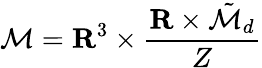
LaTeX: {\cal M}={\mathbf R}^{3}\times\frac{{\mathbf R}\times\tilde{\cal M}_{d}}{Z}